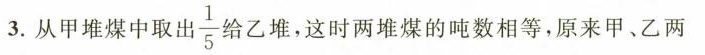
3.从甲堆煤中取出一 $$\frac{1}{5}$$ 乙堆，这时两堆煤的吨数相等，原来甲、乙两